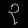
Digit: ၃